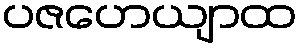
ပဇဟေယျာထ